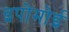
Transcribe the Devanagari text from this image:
इपोमोई